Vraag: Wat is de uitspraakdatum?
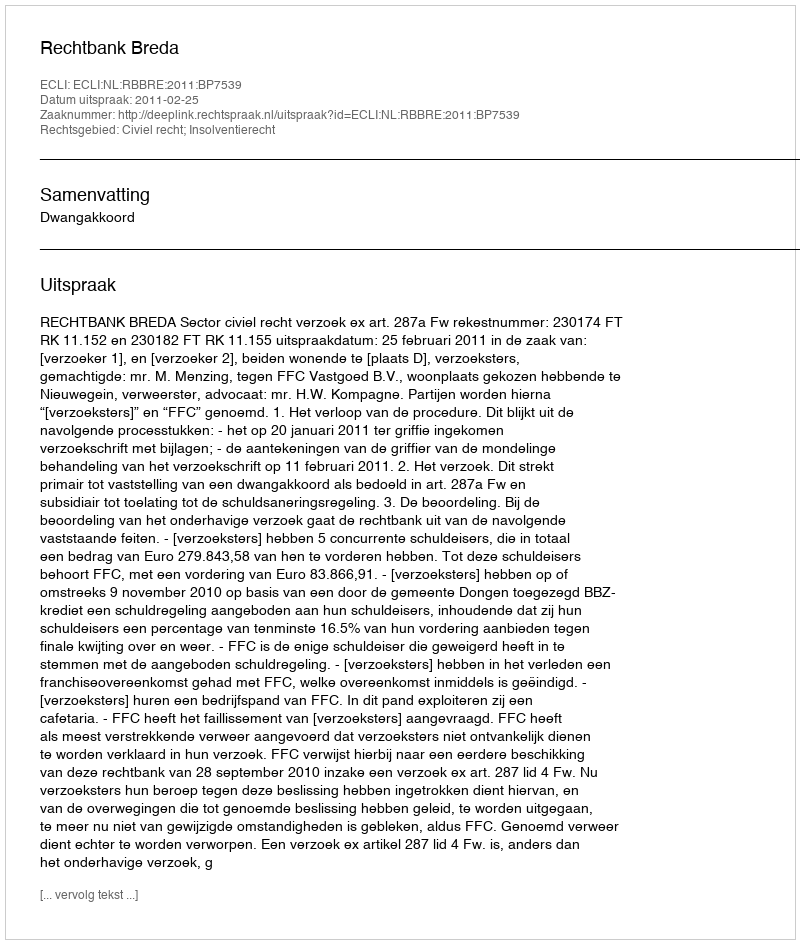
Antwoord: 2011-02-25